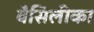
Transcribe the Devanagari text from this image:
बैसिलीका